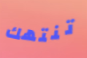
تنتهك